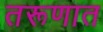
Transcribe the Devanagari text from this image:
तरूणात